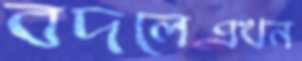
বদলেএখন